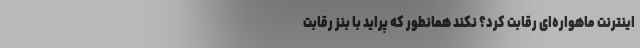
اینترنت ماهواره‌ای رقابت کرد؟ نکند همانطور که پراید با بنز رقابت